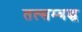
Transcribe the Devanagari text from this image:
तत्सम्बद्ध